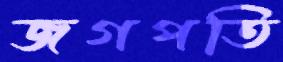
জগপতি